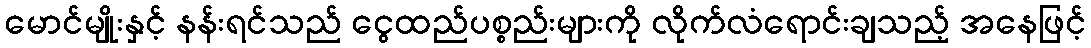
မောင်မျိုးနှင့် နန်းရင်သည် ငွေထည်ပစ္စည်းများကို လိုက်လံရောင်းချသည့် အနေဖြင့်